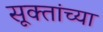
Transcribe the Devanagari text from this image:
सूक्तांच्या